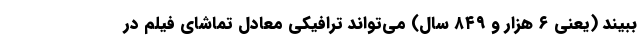
ببیند (یعنی ۶ هزار و ۸۴۹ سال) می‌تواند ترافیکی معادل تماشای فیلم در